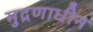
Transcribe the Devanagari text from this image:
मुद्रणाधीन